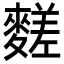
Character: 䴾